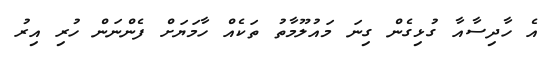
އެ ހާދިސާއާ ގުޅިގެން ގިނަ މައުލޫމާތު ތަކެއް ހާމަޔަށް ފެންނަން ހުރި އިރު